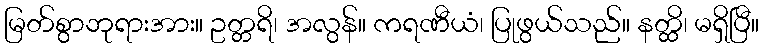
မြတ်စွာဘုရားအား။ ဥတ္တရိ၊ အလွန်။ ကရဏီယံ၊ ပြုဖွယ်သည်။ နတ္ထိ၊ မရှိပြီ။